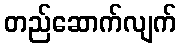
တည်ဆောက်လျက်